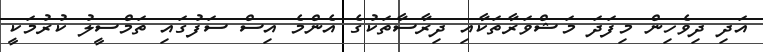
އަދި ދިވެހިން މިފަދަ މަޝްވަރާތަކާއި ދިރާސާތަކުގެ އެންމެ އިސް ސަފުގައި ތަމްސީލު ކުރުމަކީ